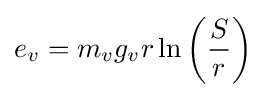
e_{v}=m_{v}g_{v}r\ln \left({S \over r}\right)